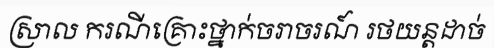
ស្រាល ករណីគ្រោះថ្នាក់ចរាចរណ៍ រថយន្តដាច់